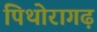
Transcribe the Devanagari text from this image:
पिथोरागढ़